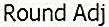
ROUND ADJ